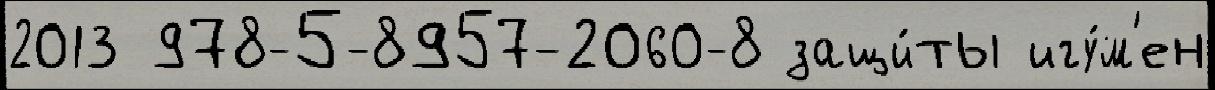
2013 978-5-8957-2060-8 защи́ты игу́м'ен